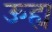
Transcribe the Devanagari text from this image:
ऊह्य